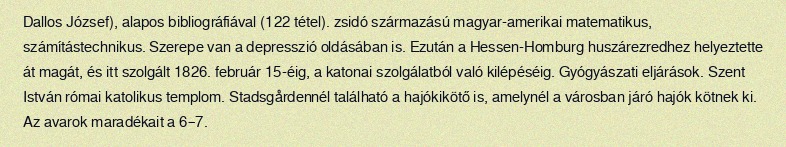
Dallos József), alapos bibliográfiával (122 tétel). zsidó származású magyar-amerikai matematikus, számítástechnikus. Szerepe van a depresszió oldásában is. Ezután a Hessen-Homburg huszárezredhez helyeztette át magát, és itt szolgált 1826. február 15-éig, a katonai szolgálatból való kilépéséig. Gyógyászati eljárások. Szent István római katolikus templom. Stadsgårdennél található a hajókikötő is, amelynél a városban járó hajók kötnek ki. Az avarok maradékait a 6–7.